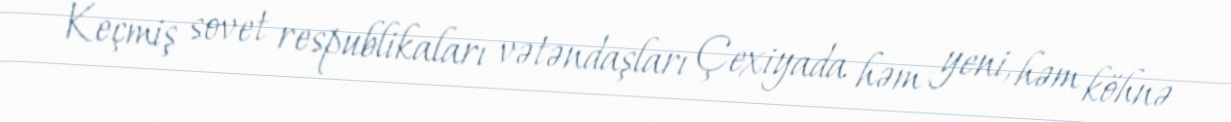
Keçmiş sovet respublikaları vətəndaşları Çexiyada həm yeni, həm köhnə